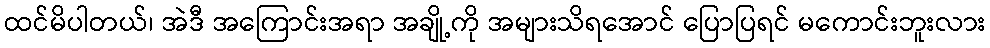
ထင်မိပါတယ်၊ အဲဒီ အကြောင်းအရာ အချို့ကို အများသိရအောင် ပြောပြရင် မကောင်းဘူးလား